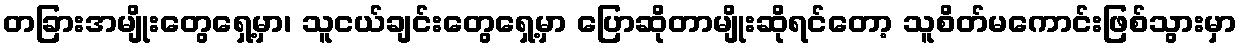
တခြားအမျိုးတွေရှေ့မှာ၊ သူငယ်ချင်းတွေရှေ့မှာ ပြောဆိုတာမျိုးဆိုရင်တော့ သူစိတ်မကောင်းဖြစ်သွားမှာ